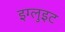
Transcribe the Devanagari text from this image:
इग्लुइट